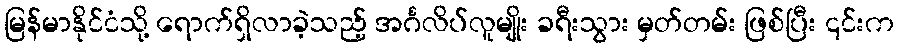
မြန်မာနိုင်ငံသို့ ရောက်ရှိလာခဲ့သည့် အင်္ဂလိပ်လူမျိုး ခရီးသွား မှတ်တမ်း ဖြစ်ပြီး ၎င်းက